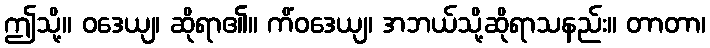
ဤသို့။ ဝဒေယျ၊ ဆိုရာ၏။ ကိံဝဒေယျ၊ အဘယ်သို့ဆိုရာသနည်း။ တာတာ၊